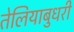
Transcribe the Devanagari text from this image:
तेलियाबुधरी